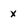
Character: x